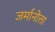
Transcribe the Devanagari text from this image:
जर्मानोत्ता